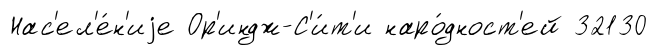
Нас'ел'е́н'иjе Ор'индж-С'и́т'и наро́дност'ей 32130